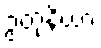
ဥတုနိယာ